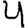
Digit: 4